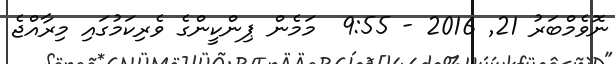
ނޮވެމްބަރު 21